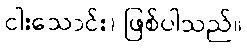
ငါးသောင်း) ဖြစ်ပါသည်။